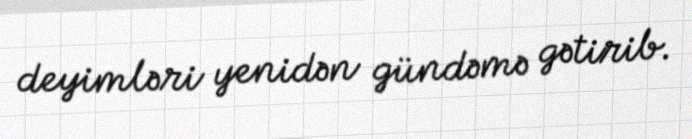
deyimləri yenidən gündəmə gətirib.